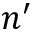
n ^ { \prime }